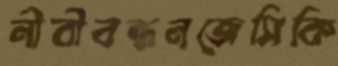
নীবীবন্ধনজেসিকি